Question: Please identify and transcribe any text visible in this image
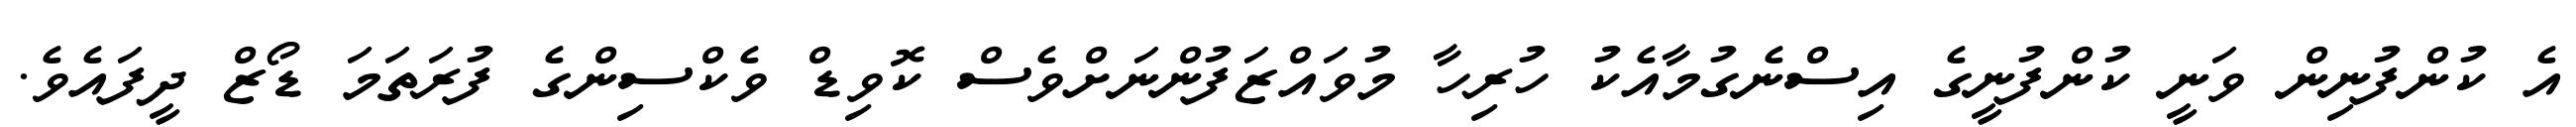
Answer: އެ ކުންފުނިން ވަނީ ކުންފުނީގެ އިސްނެގުމާއެކު ހުރިހާ މުވައްޒަފުންނަށްވެސް ކޮވިޑް ވެކްސިންގެ ފުރަތަމަ ޑޯޒް ދީފައެވެ.